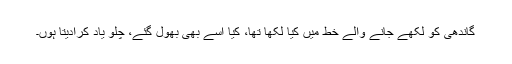
گاندھی کو لکھے جانے والے خط میں کیا لکھا تھا، کیا اسے بھی بھول گئے، چلو یاد کرادیتا ہوں۔